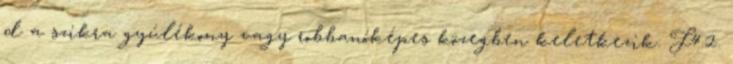
d a szikra gyúlékony vagy robbanóképes közegben keletkezik. F4.2.